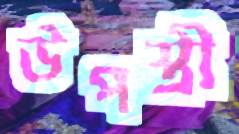
উপস্ত্রী